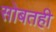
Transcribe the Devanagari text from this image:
सोबतही